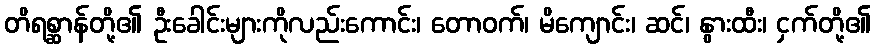
တိရစ္ဆာန်တို့၏ ဦးခေါင်းများကိုလည်းကောင်း၊ တောဝက်၊ မိကျောင်း၊ ဆင်၊ နွားထီး၊ ငှက်တို့၏